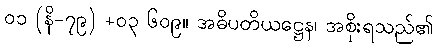
၀၁ (နိ-၇၉) +၀၃ ၆၀၉။ အဓိပတိယဋ္ဌေန၊ အစိုးရသည်၏